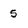
Character: S